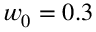
w _ { 0 } = 0 . 3